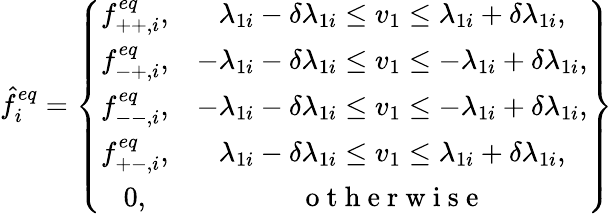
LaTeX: \hat{f}_{i}^{eq}=\left\{ \begin{array}{cc}{f_{++,i}^{eq},}&{\lambda_{1i}-\delta\lambda_{1i}\leq v_{1}\leq\lambda_{1i}+\delta\lambda_{1i},}\\ {f_{-+,i}^{eq},}&{-\lambda_{1i}-\delta\lambda_{1i}\leq v_{1}\leq-\lambda_{1i}+\delta\lambda_{1i},}\\ {f_{--,i}^{eq},}&{-\lambda_{1i}-\delta\lambda_{1i}\leq v_{1}\leq-\lambda_{1i}+\delta\lambda_{1i},}\\ {f_{+-,i}^{eq},}&{\lambda_{1i}-\delta\lambda_{1i}\leq v_{1}\leq\lambda_{1i}+\delta\lambda_{1i},}\\ {0,}&{\mathrm{~o~t~h~e~r~w~i~s~e~}}\end{array}\right\}